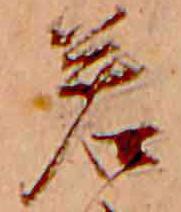
若